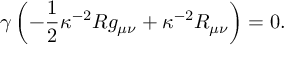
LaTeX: \gamma \left( - { \frac { 1 } { 2 } } \kappa ^ { - 2 } R g _ { \mu \nu } + \kappa ^ { - 2 } R _ { \mu \nu } \right) = 0 .